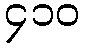
၄၁၀